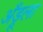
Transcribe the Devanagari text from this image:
अँड्रूला